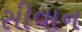
સીવાન